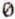
0